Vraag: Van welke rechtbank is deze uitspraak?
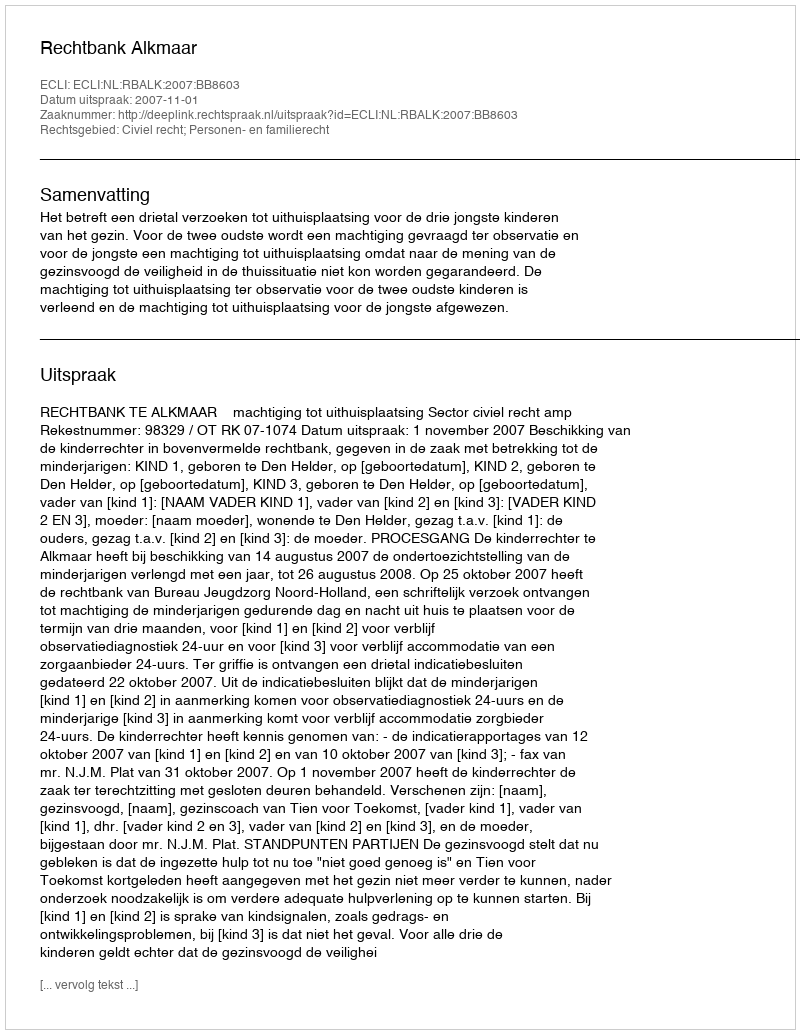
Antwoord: Rechtbank Alkmaar